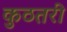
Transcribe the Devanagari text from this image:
कुठतरी